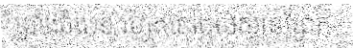
ច្រាំងចំរេះ១ រហូតទៅដល់ស្ពានព្រែក